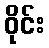
ဝိုင်း